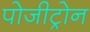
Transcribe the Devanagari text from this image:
पोजीट्रोन